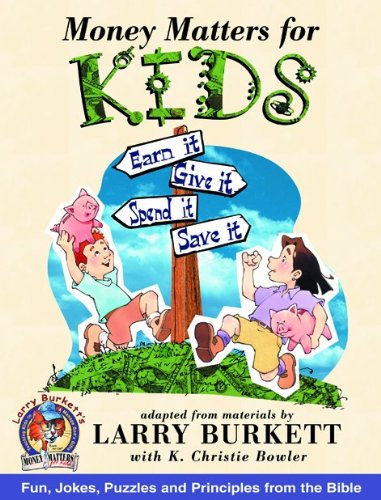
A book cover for Money Matters for Kids; Larry Burkett; Children's Books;